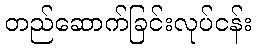
တည်ဆောက်ခြင်းလုပ်ငန်း